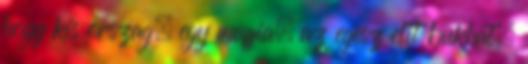
hogy kis orszag, egy maffia, az egesz elit bukhat,